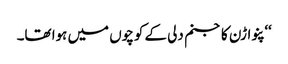
‘‘ پنواڑن کا جنم دلی کے کوچوں میں ہوا تھا۔